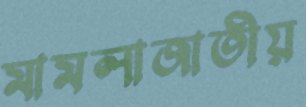
মামলাজাতীয়